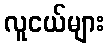
လူငယ်များ